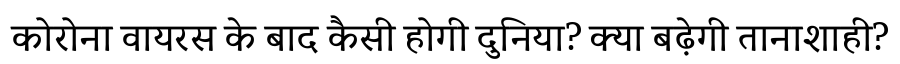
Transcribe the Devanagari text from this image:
कोरोना वायरस के बाद कैसी होगी दुनिया? क्या बढ़ेगी तानाशाही?